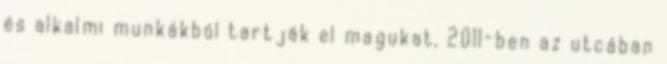
és alkalmi munkákból tartják el magukat, 2011-ben az utcában